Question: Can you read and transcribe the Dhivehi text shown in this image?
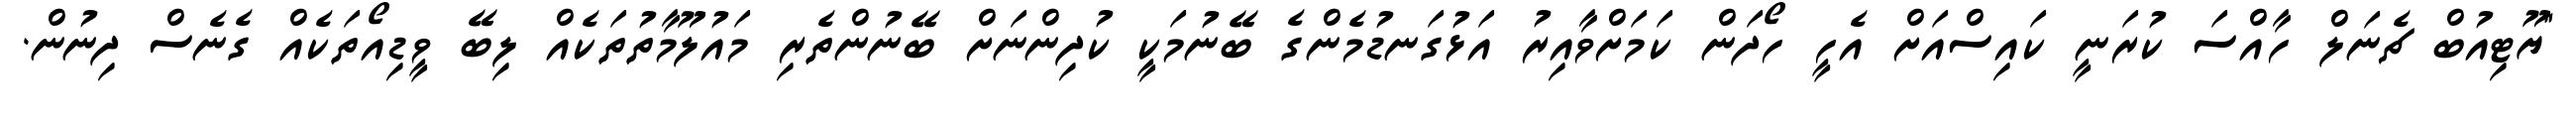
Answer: "ޔޫޓިއުބް ޗެނަލް ހާއްސަ ކުރަނީ ކައިސްއަށް އެހީ ހޯދަން ކަމަށްވާއިރު އަޅުގަނޑުމެންގެ ބޭނުމަކީ ކުދިންނަށް ބޭނުންތެރި މައުލޫމާތުތަކެއް ލިބޭ ވީޑިއޯތަކެއް ގެނެސް ދިނުން.